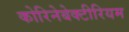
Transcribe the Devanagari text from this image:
कोरिनेबेक्टीरियम